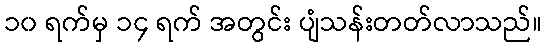
၁၀ ရက်မှ ၁၄ ရက် အတွင်း ပျံသန်းတတ်လာသည်။